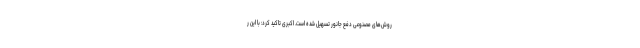
روش‌های مصنوعی دفع جانور تسهیل شده است. اکبری تاکید کرد: با این ر